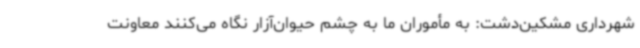
شهرداری مشکین‌دشت: به مأموران ما به چشم حیوان‌آزار نگاه می‌کنند معاونت